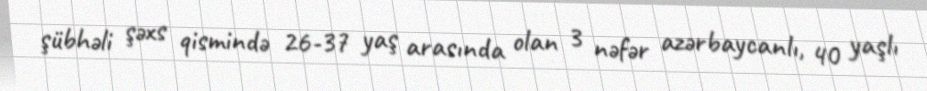
şübhəli şəxs qismində 26-37 yaş arasında olan 3 nəfər azərbaycanlı, 40 yaşlı